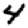
Digit: 4